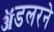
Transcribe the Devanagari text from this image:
ॲडलरने